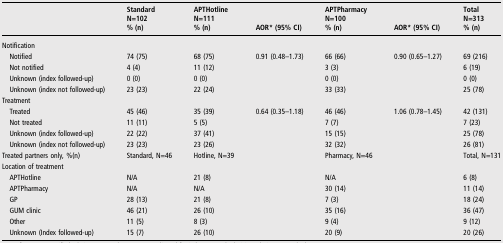
<table><thead><tr><td></td><td><b>StandardN=102% (n)</b></td><td><b>APTHotlineN=111% (n)</b></td><td><b>AOR* (95% CI)</b></td><td><b>APTPharmacyN=100% (n)</b></td><td><b>AOR* (95% CI)</b></td><td><b>TotalN=313% (n)</b></td></tr></thead><tbody><tr><td colspan="7">Notification</td></tr><tr><td> Notified</td><td>74 (75)</td><td>68 (75)</td><td>0.91 (0.48–1.73)</td><td>66 (66)</td><td>0.90 (0.65–1.27)</td><td>69 (216)</td></tr><tr><td> Not notified</td><td>4 (4)</td><td>11 (12)</td><td></td><td>3 (3)</td><td></td><td>6 (19)</td></tr><tr><td> Unknown (index followed-up)</td><td>0 (0)</td><td>0 (0)</td><td></td><td>0 (0)</td><td></td><td>0 (0)</td></tr><tr><td> Unknown (index not followed-up)</td><td>23 (23)</td><td>22 (24)</td><td></td><td>33 (33)</td><td></td><td>25 (78)</td></tr><tr><td colspan="7">Treatment</td></tr><tr><td> Treated</td><td>45 (46)</td><td>35 (39)</td><td>0.64 (0.35–1.18)</td><td>46 (46)</td><td>1.06 (0.78–1.45)</td><td>42 (131)</td></tr><tr><td> Not treated</td><td>11 (11)</td><td>5 (5)</td><td></td><td>7 (7)</td><td></td><td>7 (23)</td></tr><tr><td> Unknown (index followed-up)</td><td>22 (22)</td><td>37 (41)</td><td></td><td>15 (15)</td><td></td><td>25 (78)</td></tr><tr><td> Unknown (index not followed-up)</td><td>23 (23)</td><td>23 (26)</td><td></td><td>32 (32)</td><td></td><td>26 (81)</td></tr><tr><td>Treated partners only, %(n)</td><td>Standard, N=46</td><td>Hotline, N=39</td><td></td><td>Pharmacy, N=46</td><td></td><td>Total, N=131</td></tr><tr><td colspan="7">Location of treatment</td></tr><tr><td> APTHotline</td><td>N/A</td><td>21 (8)</td><td></td><td>N/A</td><td></td><td>6 (8)</td></tr><tr><td> APTPharmacy</td><td>N/A</td><td>N/A</td><td></td><td>30 (14)</td><td></td><td>11 (14)</td></tr><tr><td> GP</td><td>28 (13)</td><td>21 (8)</td><td></td><td>7 (3)</td><td></td><td>18 (24)</td></tr><tr><td> GUM clinic</td><td>46 (21)</td><td>26 (10)</td><td></td><td>35 (16)</td><td></td><td>36 (47)</td></tr><tr><td> Other</td><td>11 (5)</td><td>8 (3)</td><td></td><td>9 (4)</td><td></td><td>9 (12)</td></tr><tr><td> Unknown (Index followed-up)</td><td>15 (7)</td><td>26 (10)</td><td></td><td>20 (9)</td><td></td><td>20 (26)</td></tr></tbody></table>